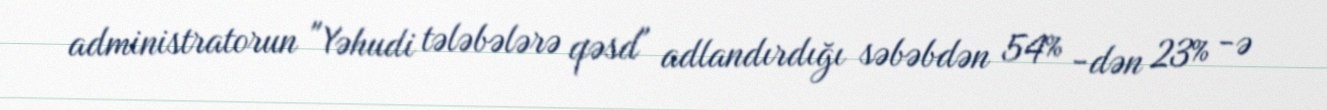
administratorun "Yəhudi tələbələrə qəsd" adlandırdığı səbəbdən 54% -dən 23% -ə